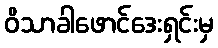
ဝိသာခါဖောင်ဒေးရှင်းမှ